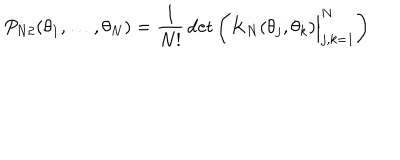
LaTeX: P _ { N 2 } ( \theta _ { 1 } , \ldots , \theta _ { N } ) = { \frac { 1 } { N ! } } \det \left( K _ { N } ( \theta _ { j } , \theta _ { k } ) \Bigr \vert _ { j , k = 1 } ^ { N } \right)